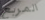
المربع